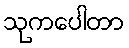
သုကပေါတာ